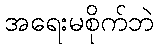
အရေးမစိုက်ဘဲ